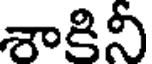
శాకినీ